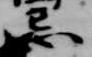
忌